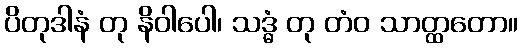
ပိတုဒါနံ တု နိဝါပေါ၊ သဒ္ဓံ တု တံဝ သာတ္ထတော။